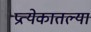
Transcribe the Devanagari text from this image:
प्रत्येकातल्या